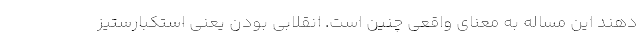
دهند این مساله به معنای واقعی چنین است. انقلابی بودن یعنی استکبارستیز